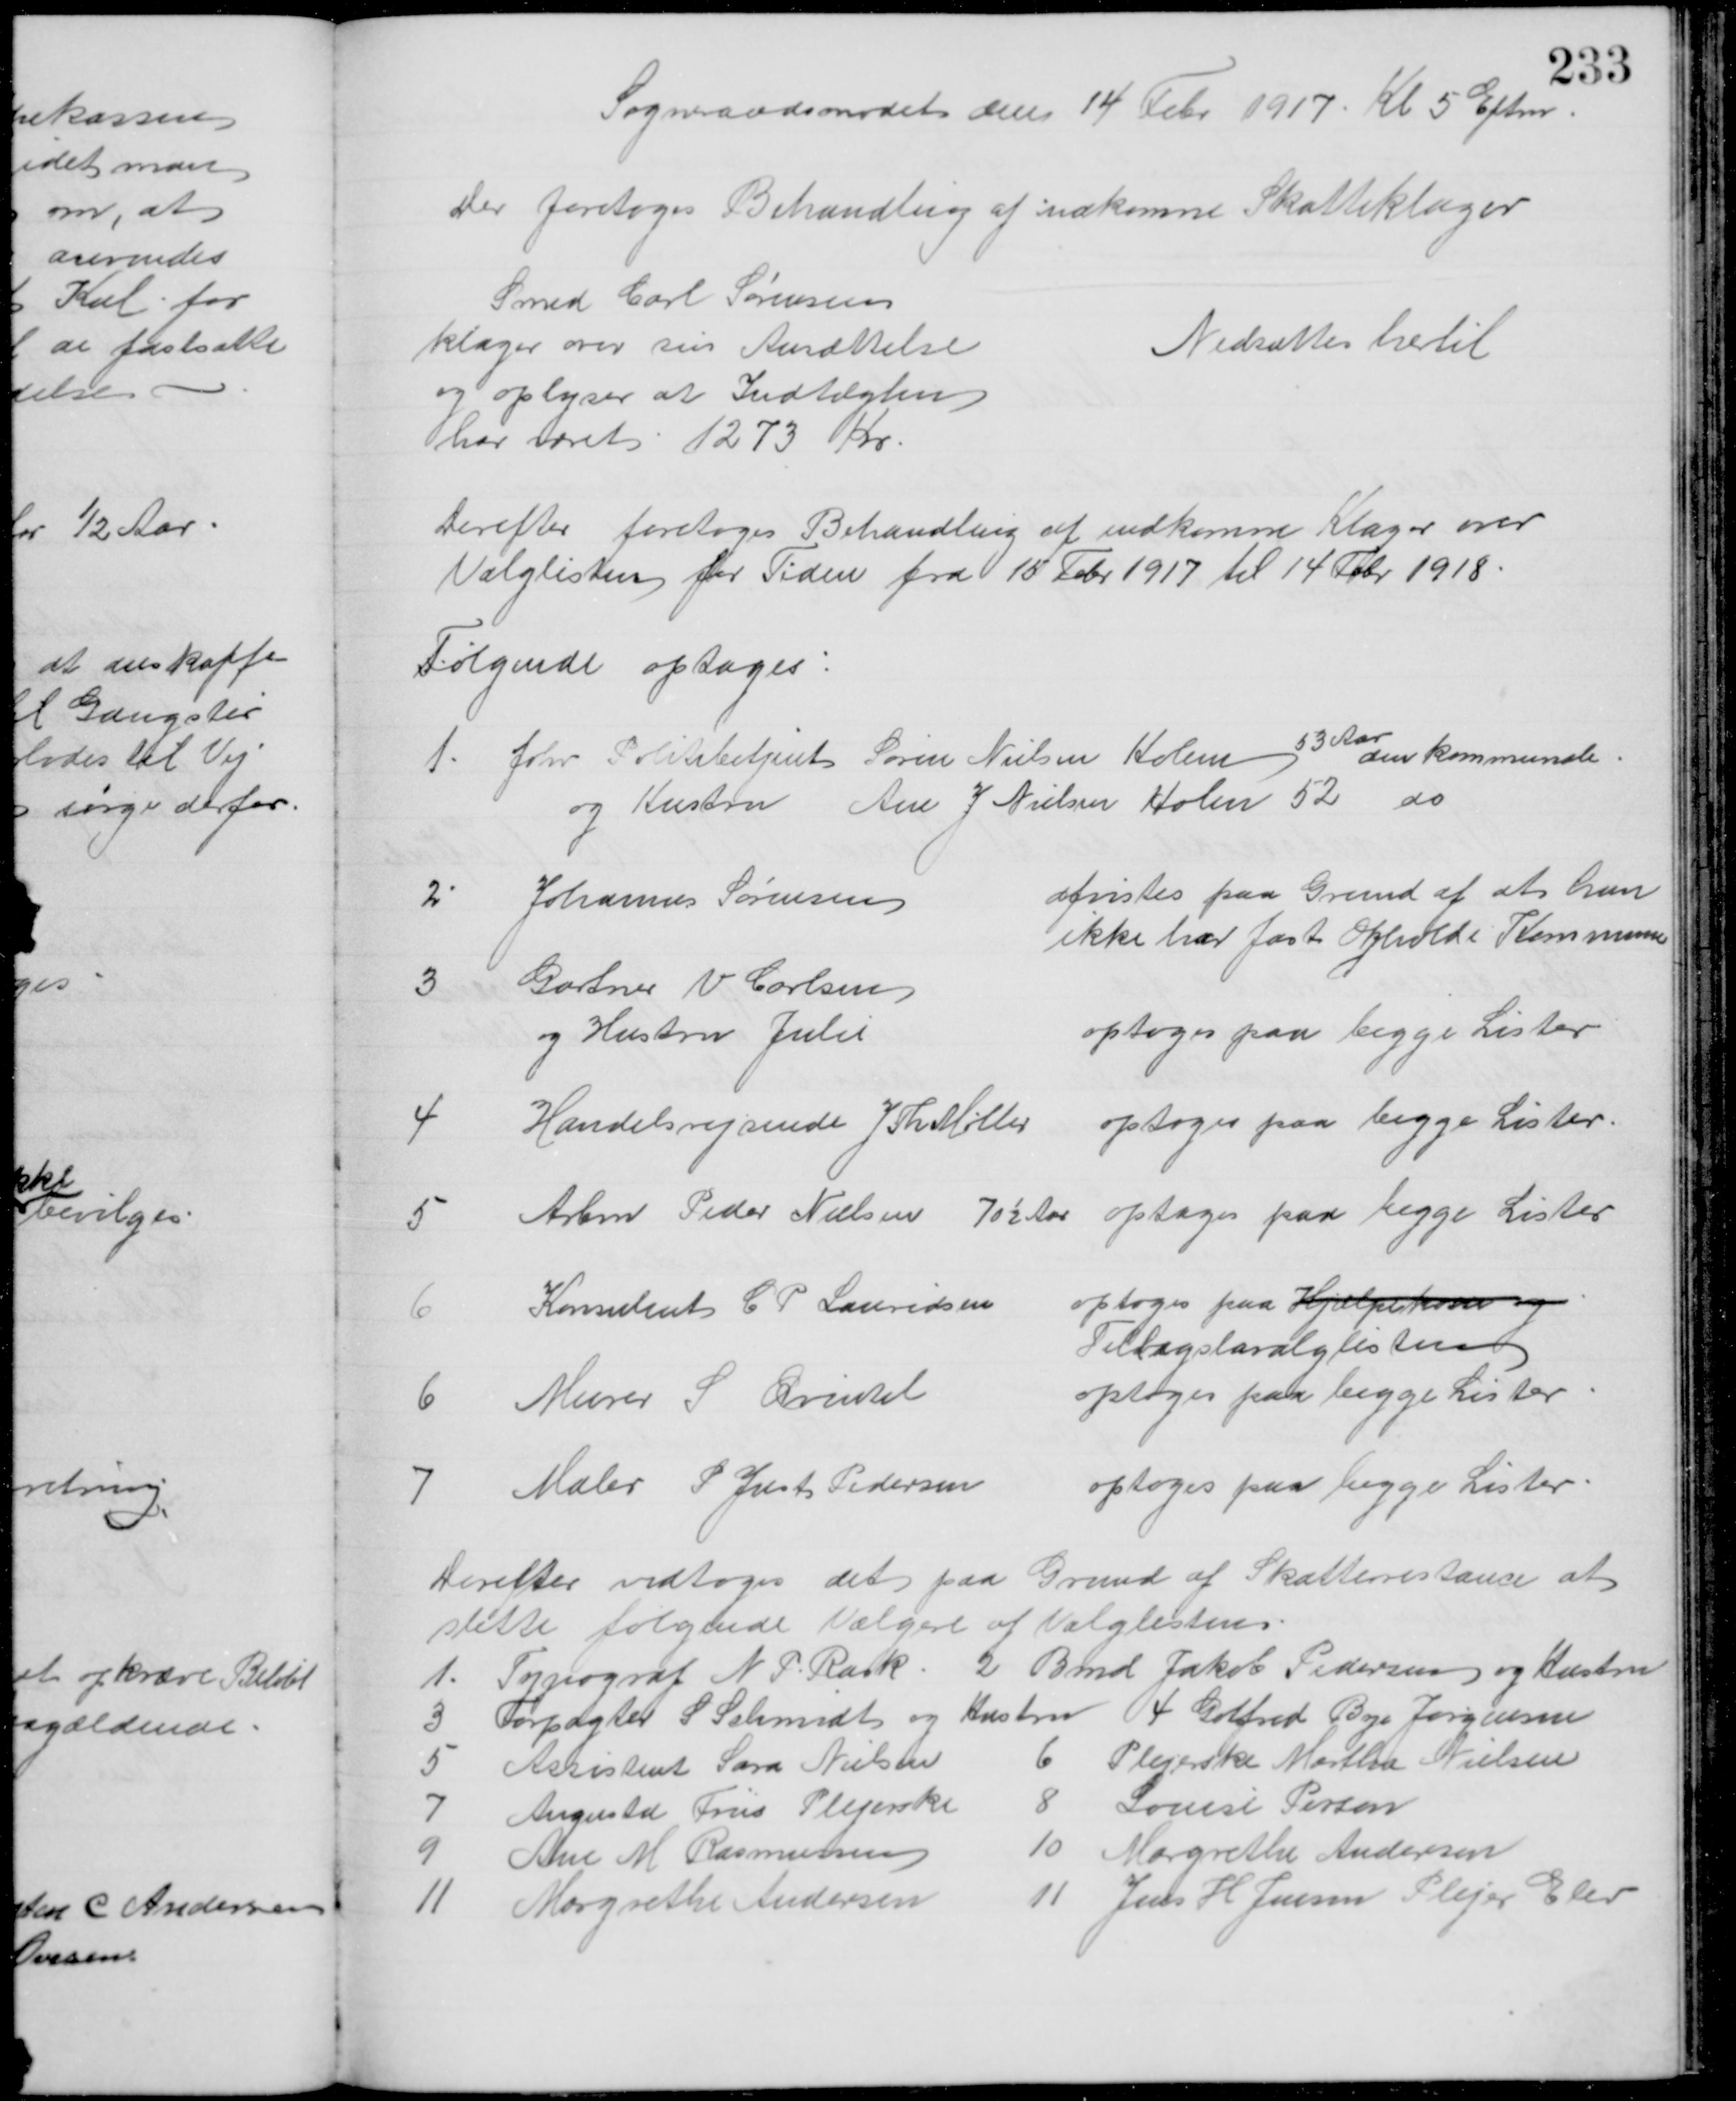
Transskription:
Sogneraadsmødet den 14 Febr 1917. Kl 5 Eftm
Der foretoges Behandling af indkomne Skatteklager
Smed Carl Sørensen
klager over sin Ansættelse
og oplyser at Indtægten
har været 1273 Kr
Nedsættes hertil
Derefter foretoges Behandling af indkomne Klager over
Valglisten for Tiden fra 15 Febr 1917 til 14 Febr. 1918.
Følgende optages:
1. fhv Politibetjent Søren Nielsen Holm
53 Aar
den kommunale
og Hustru Ane J Nielsen Holm 52 do
2 
Johanne Sørensen
afvistes paa Grund af at hun
ikke har fast Ophold i Kommunen
3
Gartner V Carlsen
og Hustru Julie
optoges paa begge Lister
4
Handelsrejsende J Th Møller
optoges paa begge Lister.
5
Arbm Peder Nielsen 70 Aar optoges paa begge Lister
6
Konsulent C P Lauridsen
optoges paa Hjælpekasse og
Tillægslevalglisten
6 
Murer S. Qvintel
optoges paa begge Lister
7
Maler P Just Pedersen
optoges paa begge Lister
Derefter vedtoges det paa Grund af Skatterestance at 
slette følgende Vælgere af Valglisten.
1. Typograf N P Rask 
2 Bmd Jakob Pedersen og Hustru
3 Forpagter S Schmidt og Hustru 
4 Gotfred Boje Jørgensen
5
Assistent Sara Nielsen
6 
Plejerske Martha Nielsen
7
Augusta Friis Plejerske
8
Louise Person
9
Ane M Rasmussen
10 
Margrethe Andersen
11
Margrethe Andersen
11 
Jens H Jensen Plejer Elev